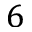
6